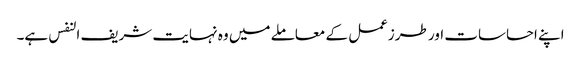
اپنے احساسات اور طرزعمل کے معاملے میں وہ نہایت شریف النفس ہے۔